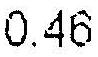
0.46